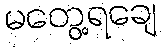
မတွေ့ရချေ